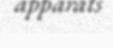
apparats